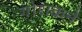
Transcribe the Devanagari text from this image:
गोराकने